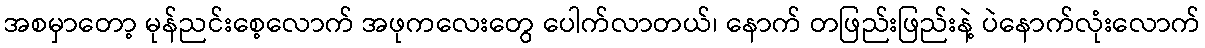
အစမှာတော့ မုန်ညင်းစေ့လောက် အဖုကလေးတွေ ပေါက်လာတယ်၊ နောက် တဖြည်းဖြည်းနဲ့ ပဲနောက်လုံးလောက်